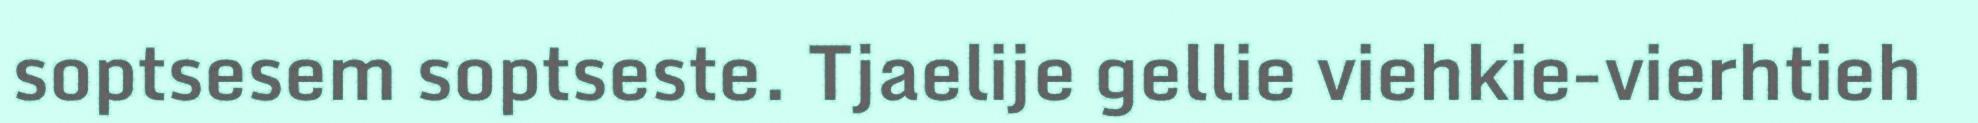
soptsesem soptseste. Tjaelije gellie viehkie-vierhtieh